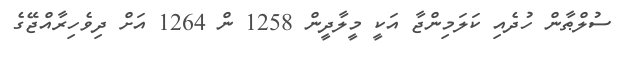
ސުލްޠާން ހުދެއި ކަލަމިންޖާ އަކީ މީލާދީން 1258 ން 1264 އަށް ދިވެހިރާއްޖޭގެ